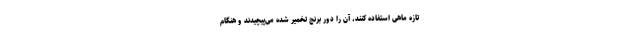
تازه ماهی استفاده کنند، آن را دور برنج تخمیر شده می‌پیچیدند و هنگام